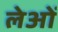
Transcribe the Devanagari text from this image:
लेओं